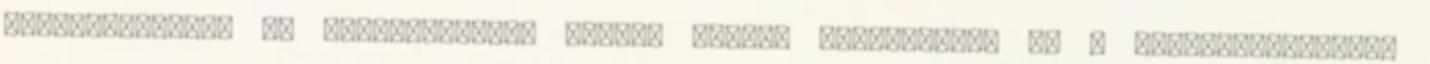
kókuszreszelék Az aszalványokat nagyon apróra felaprítjuk és a gyümölcsliszthez